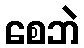
စေဘဲ